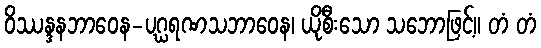
ဝိဿန္ဒနဘာဝေန-ပဂ္ဃရဏသဘာဝေန၊ ယိုစီးသော သဘောဖြင့်။ တံ တံ